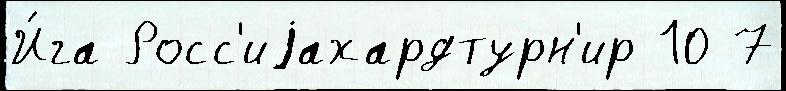
И́га Росс'иjахардтурн'ир 10 7